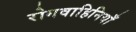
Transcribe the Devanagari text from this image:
रोगवाहिनियाँ